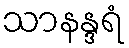
သာနန္ဒရံ